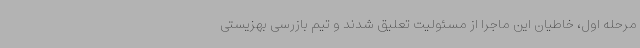
مرحله اول، خاطیان این ماجرا از مسئولیت تعلیق شدند و تیم بازرسی بهزیستی